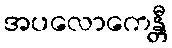
အပလောကေန္တီ